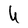
Character: U